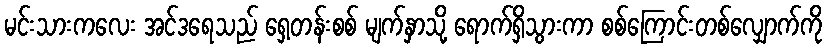
မင်းသားကလေး အင်ဒရေသည် ရှေ့တန်းစစ် မျက်နှာသို့ ရောက်ရှိသွားကာ စစ်ကြောင်းတစ်လျှောက်ကို